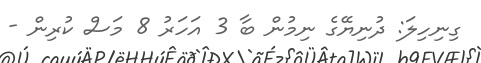
ގިނިހިލަ: ދުނިޔޭގެ ނިމުން ބާ 3 އަހަރު 8 މަސް ކުރިން -